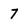
Character: 7